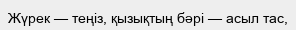
Жүрек — теңіз, қызықтың бәрі — асыл тас,